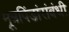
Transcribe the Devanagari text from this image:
मूत्रपिंडांसंबंधी